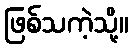
ဖြစ်သကဲ့သို့။